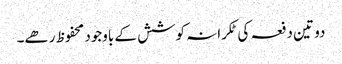
دو تین دفعہ کی ٹکرانہ کوشش کے باوجود محفوظ رھے۔